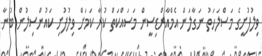
ވިލުފުށީގެ މަސްލަހަތު ނަގާލަން އެމްއާރްޑިސީން މަސައްކަތް ކުރާ ކަމަށް ވިލުފުށި ކައުންސިލުން ބުނާ